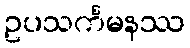
ဥပသင်္ကမနဿ